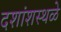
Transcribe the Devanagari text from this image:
दशांशस्थळे